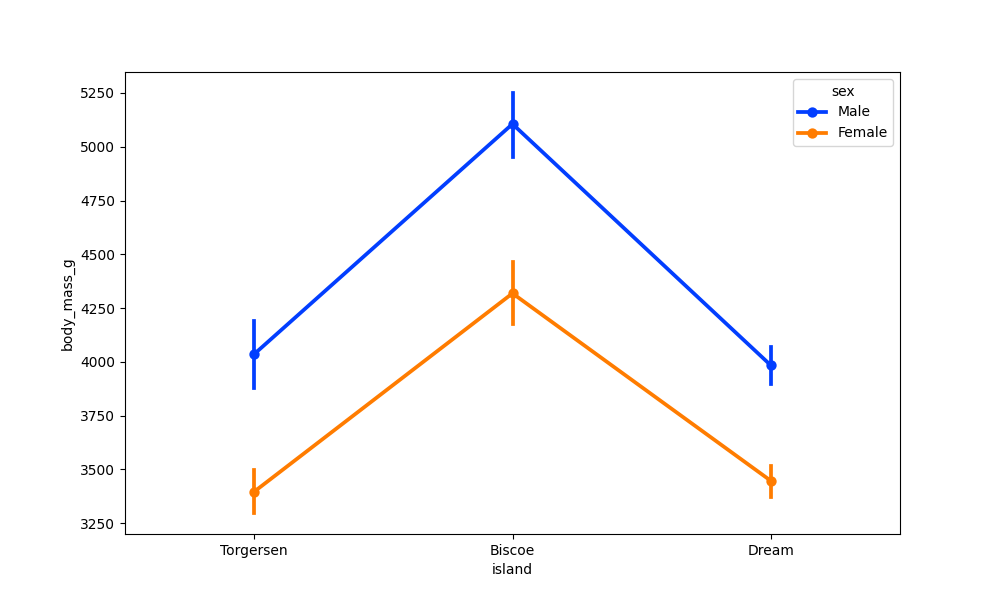
python, seaborn, pointplot, scale=1.0, join=True, hue='sex', palette='bright'